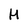
Character: H